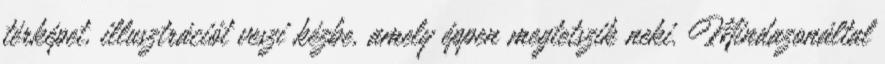
térképet, illusztrációt veszi kézbe, amely éppen megtetszik neki. Mindazonáltal